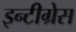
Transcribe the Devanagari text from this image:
इन्टीग्रेस